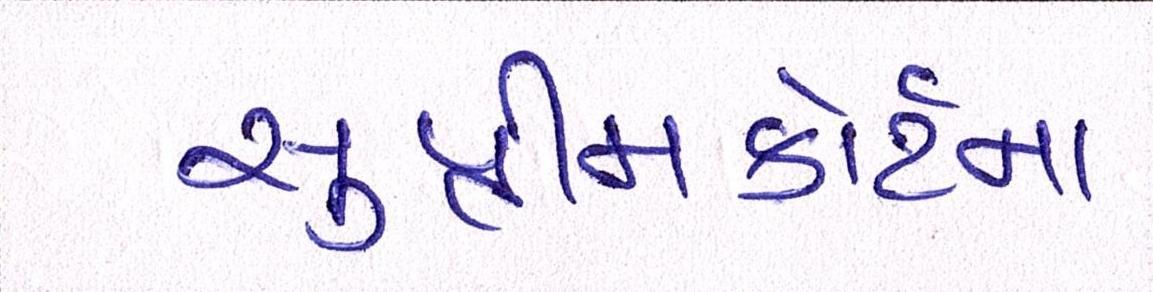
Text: સુપ્રીમકોર્ટના